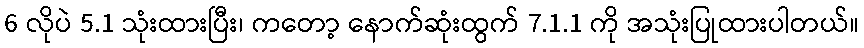
6 လိုပဲ 5.1 သုံးထားပြီး၊ ကတော့ နောက်ဆုံးထွက် 7.1.1 ကို အသုံးပြုထားပါတယ်။